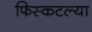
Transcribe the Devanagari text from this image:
फिस्कटल्या